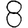
Digit: 8